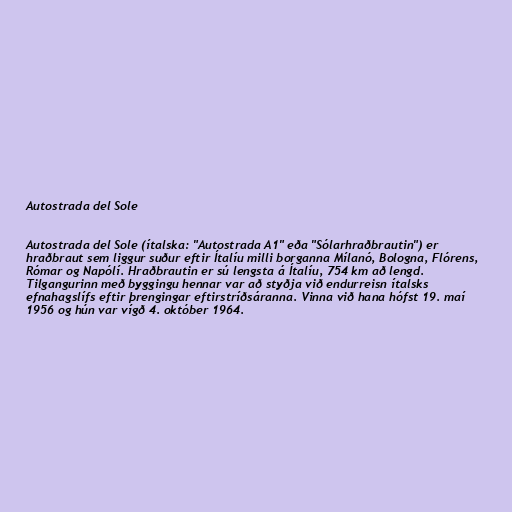
Autostrada del Sole

Autostrada del Sole (ítalska: "Autostrada A1" eða "Sólarhraðbrautin") er
hraðbraut sem liggur suður eftir Ítalíu milli borganna Mílanó, Bologna, Flórens,
Rómar og Napólí. Hraðbrautin er sú lengsta á Ítalíu, 754 km að lengd.
Tilgangurinn með byggingu hennar var að styðja við endurreisn ítalsks
efnahagslífs eftir þrengingar eftirstríðsáranna. Vinna við hana hófst 19. maí
1956 og hún var vígð 4. október 1964.